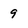
Character: 8